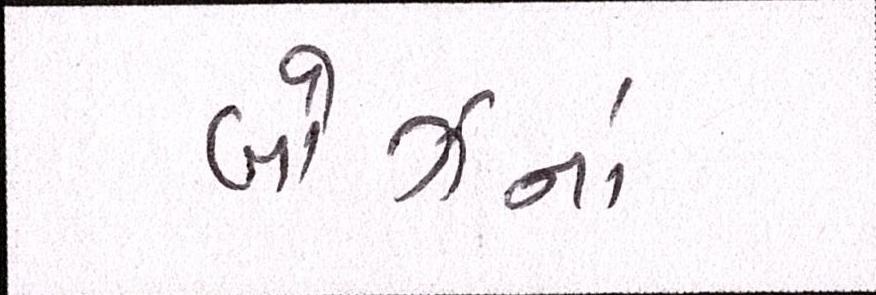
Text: બોઝનાં